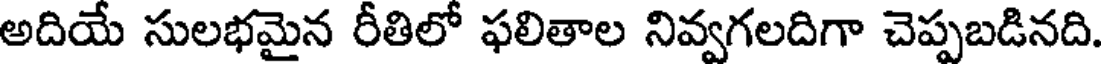
అదియే సులభమైన రీతిలో ఫలితాల నివ్వగలదిగా చెప్పబడినది